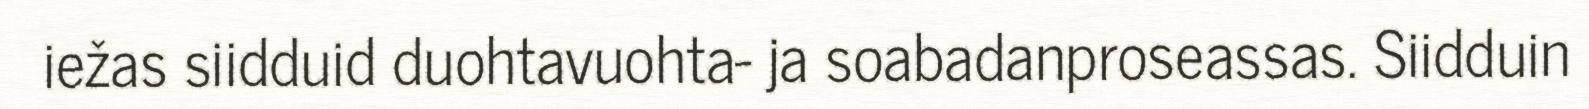
iežas siidduid duohtavuohta- ja soabadanproseassas. Siidduin